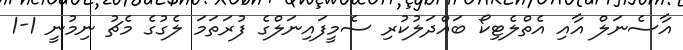
އާސެނަލް އާއި އެތްލެޓިކޯ ބައްދަލުކުރި ސެމީފައިނަލްގެ ފުރަތަމަ ލެގުގެ މެޗު ނިމުނީ 1-1